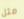
مثل